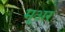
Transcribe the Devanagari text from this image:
मूअर